Vaccination Hyderabad 1872-1889 - 1872-1889
Year: 1872
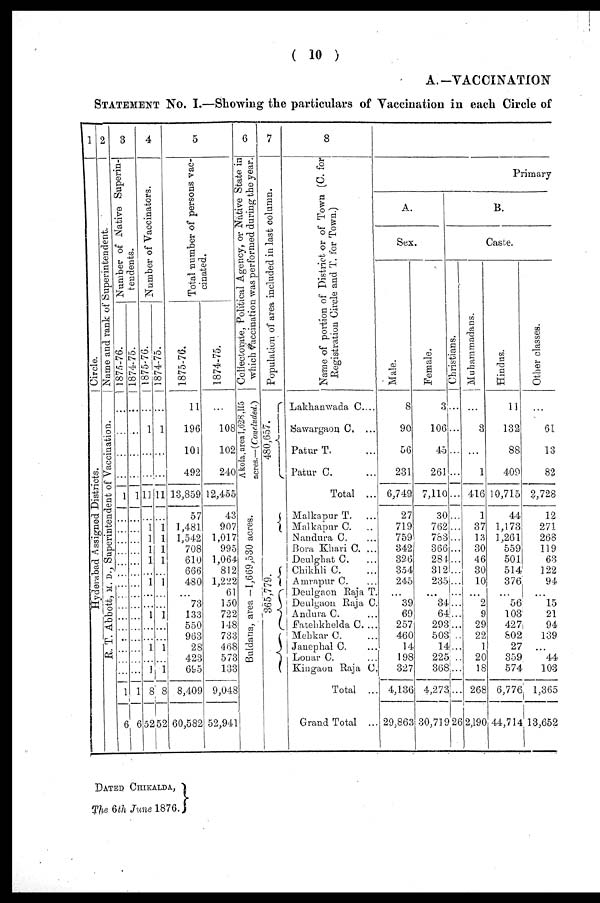
( 10 )
A.—VACCINATION
STATEMENT No. I.—Showing the particulars of Vaccination in each Circle of
1
Circle.
Hyderabad Assigned Districts.
2
Superintendent
Name and rank of
R. T. Abbott, M. D., Superintendent of Vaccination.
3
Number of Native Superin-
tendents.
1875-76.
...
...
...
...
1
...
...
...
...
...
...
...
...
...
...
...
...
...
...
...
1
6
1874-75.
...
...
...
...
1
...
...
...
...
...
...
...
...
...
...
...
...
...
...
...
1
6
4
Number of Vaccinators.
1875-76.
...
1
...
...
11
...
1
1
1
1
...
1
...
...
1
...
...
1
...
1
8
52
1874-75.
...
1
...
11
...
1
1
1
1
...
1
...
...
1
...
...
1
...
1
8
52
5
Total number of persons vac-
cinated.
1875-76.
11
196
101
492
13,859
57
1,481
1,542
708
610
666
480
...
73
133
550
963
28
423
695
8,409
60,582
1874-75.
...
108
102
240
12,455
43
907
1,017
995
1,064
812
1,222
61
150
722
148
733
468
573
133
9,048
52,941
6
Collectorate, Political Agency, or Native State in
which vaccination was performed during the year.
Akola,areal,628,115
acres.—(Concluded.)
Buldana, area —1,669,530 acres.
7
Population of area included in last column.
480,657.
365,779.
8
Name of portion of District or of Town (C. for
Registration Circle and T. for Town.)
Lakhanwada C....
Sawargaon C. ...
Patur T. ...
Patur C. ...
Total ...
Malkapur T. ...
Malkapur C. ...
Nandura C. ...
Bora Khari C. ...
Deulghat C. ...
Chikhli C. ...
Amrapur C. ...
Deulgaon Raja T. ...
Deulgaon Raja C. ...
Andura C. ...
Fatehkhelda C. ...
Mehkar C. ...
Janephal C. ...
Lonar C. ...
Kingaon Raja C
Total ..
Grand Total ..
Primary
A.
Sex.
Male.
8
90
56
231
6,749
27
719
759
342
326
354
245
...
39
69
257
460
14
198
327
4,136
29,863
Female.
3
106
45
261
7,110
30
762
783
366
284
312
235
...
34
64
293
503
14
225
368
4,273
30,719
B.
Caste.
Christians.
...
...
...
...
...
...
...
...
...
...
...
...
...
...
...
...
...
...
...
...
...
26
Muhammadans.
...
3
...
1
416
1
37
13
30
46
30
10
...
2
9
29
22
1
20
18
268
2,190
Hindus.
11
132
88
409
10,715
44
1,173
1,261
559
501
514
376
...
56
103
427
802
27
359
574
6,776
44,714
Other classes.
...
61
13
82
2,728
12
271
268
119
63
122
94
...
15
21
94
139
...
44
103
1,365
13,652
DATED CHIKALDA,
The 6th June 1876.